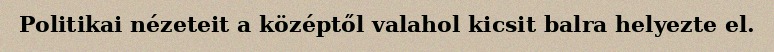
Politikai nézeteit a középtől valahol kicsit balra helyezte el.